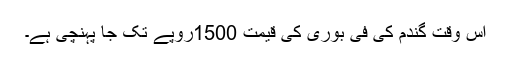
اس وقت گندم کی فی بوری کی قیمت 1500روپے تک جا پہنچی ہے۔